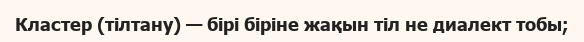
Кластер (тілтану) — бірі біріне жақын тіл не диалект тобы;